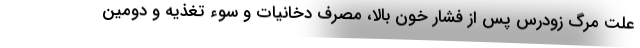
علت مرگ زودرس پس از فشار خون بالا، مصرف دخانیات و سوء تغذیه و دومین